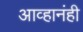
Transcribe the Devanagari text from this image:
आव्हानंही